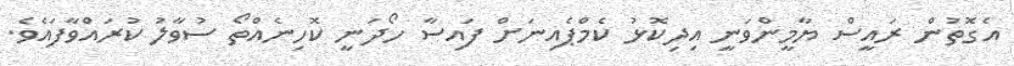
އެގޮތުން ރައީސް ޔާމީންވަނީ އިދިކޮޅު ކެމްޕެއިނަށް ފައިސާ ހޯދަނީ ކޮހިނެއްތޯ ސުވާލު ކުރައްވާފައެވެ.